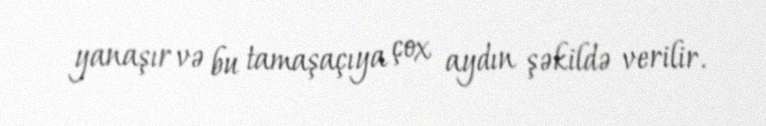
yanaşır və bu tamaşaçıya çox aydın şəkildə verilir.